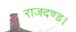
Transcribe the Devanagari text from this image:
राजदण्ड।